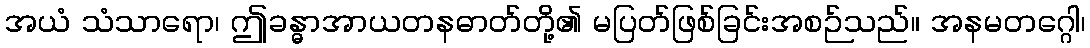
အယံ သံသာရော၊ ဤခန္ဓာအာယတနဓာတ်တို့၏ မပြတ်ဖြစ်ခြင်းအစဉ်သည်။ အနမတဂ္ဂေါ၊